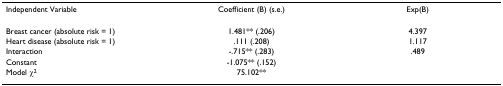
<table><thead><tr><td><b>Independent Variable</b></td><td><b>Coefficient (B) (s.e.)</b></td><td><b>Exp(B)</b></td></tr></thead><tbody><tr><td>Breast cancer (absolute risk = 1)</td><td>1.481** (.206)</td><td>4.397</td></tr><tr><td>Heart disease (absolute risk = 1)</td><td>.111 (.208)</td><td>1.117</td></tr><tr><td>Interaction</td><td>-.715** (.283)</td><td>.489</td></tr><tr><td>Constant</td><td>-1.075** (.152)</td><td></td></tr><tr><td>Model χ<sup>2</sup></td><td>75.102**</td><td></td></tr></tbody></table>